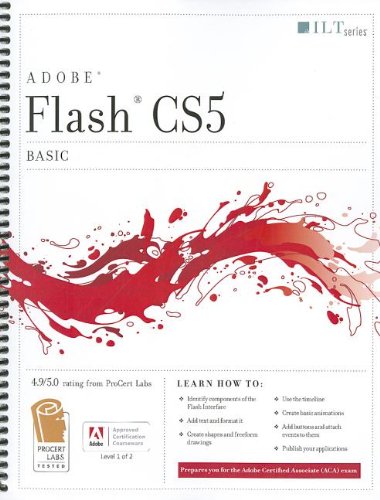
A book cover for Flash Cs5 Professional: Basic, Aca Edition + Certblaster (ILT); Computers & Technology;